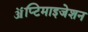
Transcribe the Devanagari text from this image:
ॲप्टिमाइजेशन